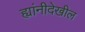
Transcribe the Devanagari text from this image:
ह्यांनीदेखील